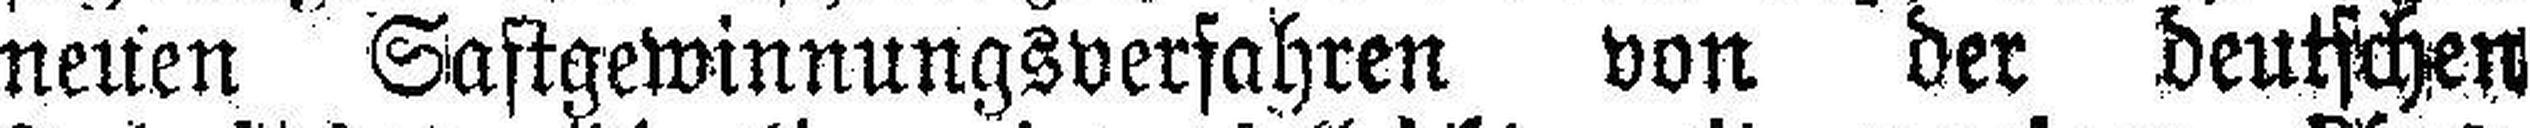
neuen Sastgewinnungsverfahren von der deutschen